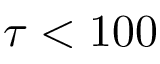
\tau < 1 0 0